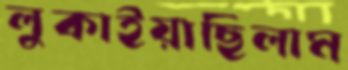
লুকাইয়াছিলাম